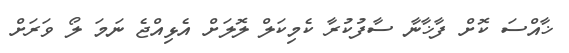
ޚާއްސަ ކޮށް ފާޚާނާ ސާފުކުރާ ކެމިކަލް ލޮލަށް އެޅިއްޖެ ނަމަ ލޯ ވަރަށް